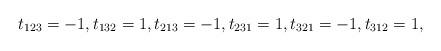
LaTeX: \begin{gather*}t_{123}=-1,t_{132}=1,t_{213}=-1,t_{231}=1,t_{321}=-1,t_{312}=1,\end{gather*}